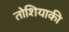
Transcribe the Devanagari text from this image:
तोशियाकी